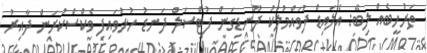
ތަރުހީބެއް ލިބޭ: އެލައިޑް ފުވައްމުލަކު ދޫނޑިގަން ފުޓްސަލް ދަނޑު ހުޅުވައިފި ވެކްސްކުރަން ދާއިރު